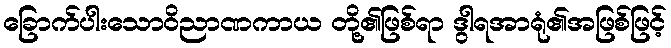
ခြောက်ပါးသောဝိညာဏကာယ တို့၏ဖြစ်ရာ ဒွါရအာရုံ၏အဖြစ်ဖြင့်